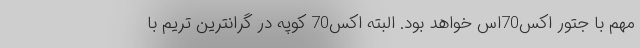
مهم با جتور اکس70اس خواهد بود. البته اکس70 کوپه در گرانترین تریم با